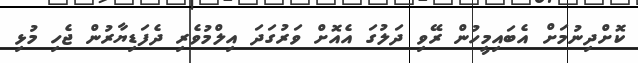
ކޮށްދިނުމަށް އެބައިމީހުން ރޭވި ދަލުގަ އެއޮށް ވަރުގަދަ އިލްމުވެރި ދެފަޑިޔާރުން ޖެހި މުޅި